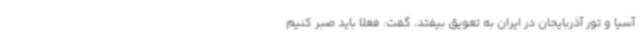
آسیا و تور آذربایجان در ایران به تعویق بیفتد، گفت: فعلا باید صبر کنیم